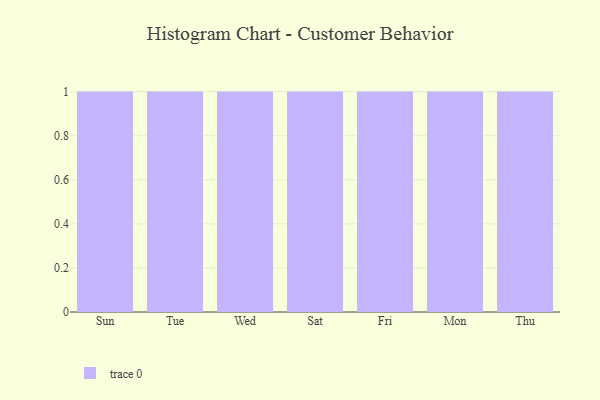
{"axis": {"x": "Day", "y": "Website Visitors"}, "legend": [""], "data": [{"x": "Sun", "y": 18, "type": ""}, {"x": "Tue", "y": 73, "type": ""}, {"x": "Wed", "y": 47, "type": ""}, {"x": "Sat", "y": 89, "type": ""}, {"x": "Fri", "y": 67, "type": ""}, {"x": "Mon", "y": 43, "type": ""}, {"x": "Thu", "y": 71, "type": ""}]}